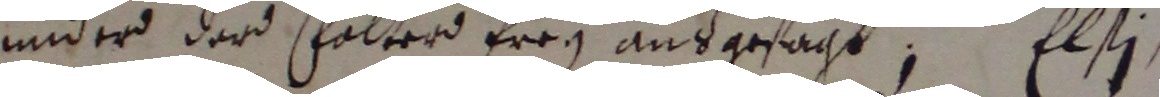
under dard falterd freg ausgesagt, Elsi